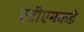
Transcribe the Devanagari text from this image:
एटीएमकडे